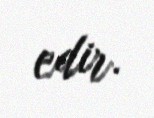
edir.